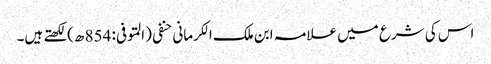
اس کی شرع میں علامہ ابن ملک الکرمانی حنفی (المتوفی: 854 ھ)لکھتے ہیں۔